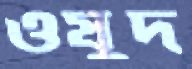
ওষুদ